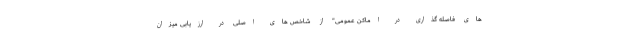
های فاصله گذاری در اماکن عمومی" از شاخص های اصلی در ارزیابی میزان